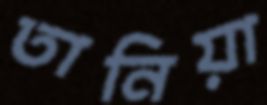
তানিয়া